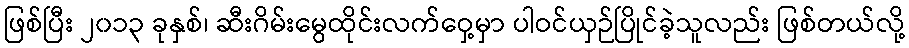
ဖြစ်ပြီး ၂၀၁၃ ခုနှစ်၊ ဆီးဂိမ်းမွေထိုင်းလက်ဝှေ့မှာ ပါဝင်ယှဉ်ပြိုင်ခဲ့သူလည်း ဖြစ်တယ်လို့